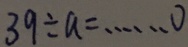
3 9 \div a = \cdots o